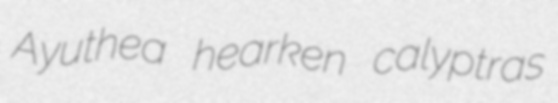
Ayuthea hearken calyptras